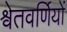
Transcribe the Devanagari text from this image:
श्वेतवर्णियों